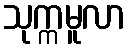
သုက္ကမူလာ